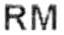
RM